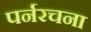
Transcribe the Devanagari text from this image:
पर्नरचना